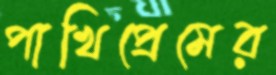
পাখিপ্রেমের